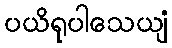
ပယိရုပါသေယျံ